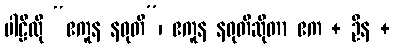
ပါဠိလို “ဧကူန နဝုတိ”၊ ဧကူန နဝုတိဆိုတာ ဧက + ဦန +